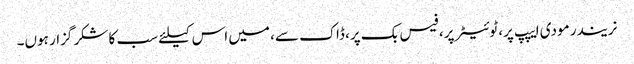
نریندر مودی ایپپ پر، ٹوئیٹر پر، فیس بک پر، ڈاک سے، میں اس کیلئے سب کا شکر گزار ہوں۔